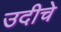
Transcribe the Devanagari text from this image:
उदीचे